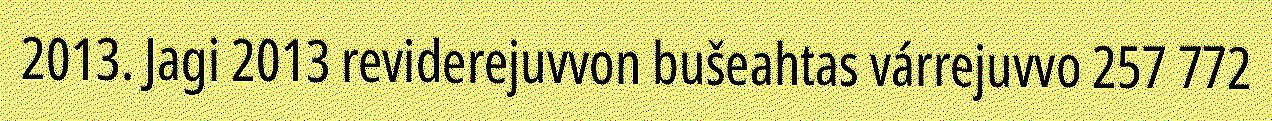
2013. Jagi 2013 reviderejuvvon bušeahtas várrejuvvo 257 772